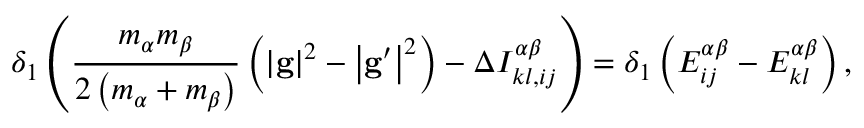
\delta _ { 1 } \left( \frac { m _ { \alpha } m _ { \beta } } { 2 \left( m _ { \alpha } + m _ { \beta } \right) } \left( \left\vert \mathbf { g } \right\vert ^ { 2 } - \left\vert \mathbf { g } ^ { \prime } \right\vert ^ { 2 } \right) - \Delta I _ { k l , i j } ^ { \alpha \beta } \right) = \delta _ { 1 } \left( E _ { i j } ^ { \alpha \beta } - E _ { k l } ^ { \alpha \beta } \right) ,